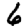
Digit: 6